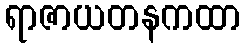
ရာဇာယတနကထာ